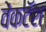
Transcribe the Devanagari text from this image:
वेंकटॅश